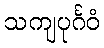
သကျပုင်္ဂဝံ